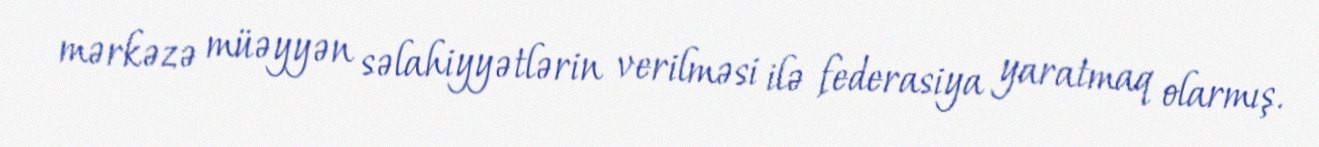
mərkəzə müəyyən səlahiyyətlərin verilməsi ilə federasiya yaratmaq olarmış.